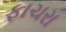
ફાચરા